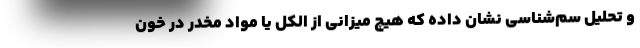
و تحلیل سم‌شناسی نشان داده که هیچ میزانی از الکل یا مواد مخدر در خون